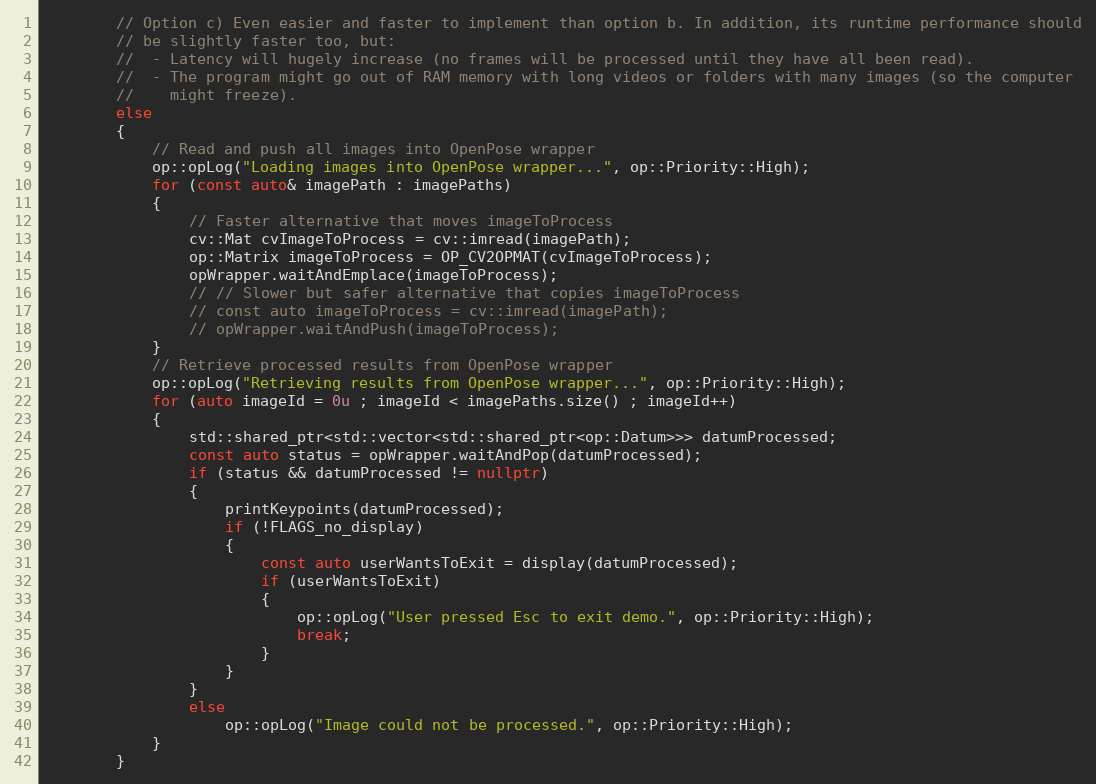
Language: C++
        // Option c) Even easier and faster to implement than option b. In addition, its runtime performance should
        // be slightly faster too, but:
        //  - Latency will hugely increase (no frames will be processed until they have all been read).
        //  - The program might go out of RAM memory with long videos or folders with many images (so the computer
        //    might freeze).
        else
        {
            // Read and push all images into OpenPose wrapper
            op::opLog("Loading images into OpenPose wrapper...", op::Priority::High);
            for (const auto& imagePath : imagePaths)
            {
                // Faster alternative that moves imageToProcess
                cv::Mat cvImageToProcess = cv::imread(imagePath);
                op::Matrix imageToProcess = OP_CV2OPMAT(cvImageToProcess);
                opWrapper.waitAndEmplace(imageToProcess);
                // // Slower but safer alternative that copies imageToProcess
                // const auto imageToProcess = cv::imread(imagePath);
                // opWrapper.waitAndPush(imageToProcess);
            }
            // Retrieve processed results from OpenPose wrapper
            op::opLog("Retrieving results from OpenPose wrapper...", op::Priority::High);
            for (auto imageId = 0u ; imageId < imagePaths.size() ; imageId++)
            {
                std::shared_ptr<std::vector<std::shared_ptr<op::Datum>>> datumProcessed;
                const auto status = opWrapper.waitAndPop(datumProcessed);
                if (status && datumProcessed != nullptr)
                {
                    printKeypoints(datumProcessed);
                    if (!FLAGS_no_display)
                    {
                        const auto userWantsToExit = display(datumProcessed);
                        if (userWantsToExit)
                        {
                            op::opLog("User pressed Esc to exit demo.", op::Priority::High);
                            break;
                        }
                    }
                }
                else
                    op::opLog("Image could not be processed.", op::Priority::High);
            }
        }